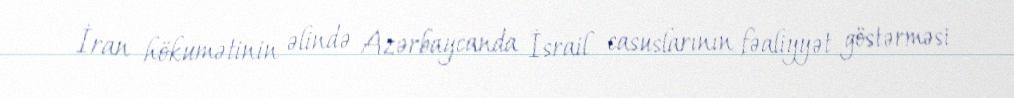
İran hökumətinin əlində Azərbaycanda İsrail casuslarının fəaliyyət göstərməsi